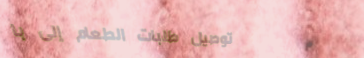
توصيل طلبات الطعام إلى با